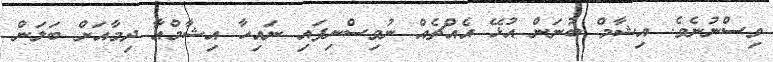
ވިސްނުނެވެ. އިޝާމް ބުނަން އުޅޭ އެއްޗެއް ނުވިސްނިފައި ނައިހާ އިޝާމްއާ ދިމާއަށް ބަލަން